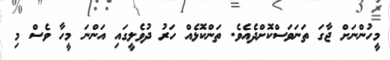
މީހުންނަށް ޖާގަ ތަނަވަސްކޮށްދެއެވެ. ތަންކޮޅެއް ހަރު ދުވެލީގައި އަންނަ މީހާ ވެސް މި